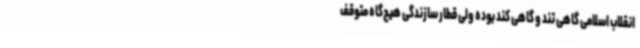
انقلاب اسلامی گاهی تند و گاهی کند بوده ولی قطار سازندگی هیچ‌گاه متوقف